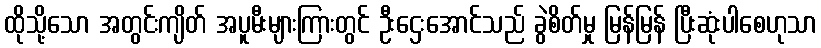
ထိုသို့သော အတွင်းကျိတ် အပူမီးများကြားတွင် ဦးဌေးအောင်သည် ခွဲစိတ်မှု မြန်မြန် ပြီးဆုံးပါစေဟုသာ